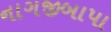
નાગજીબાપા